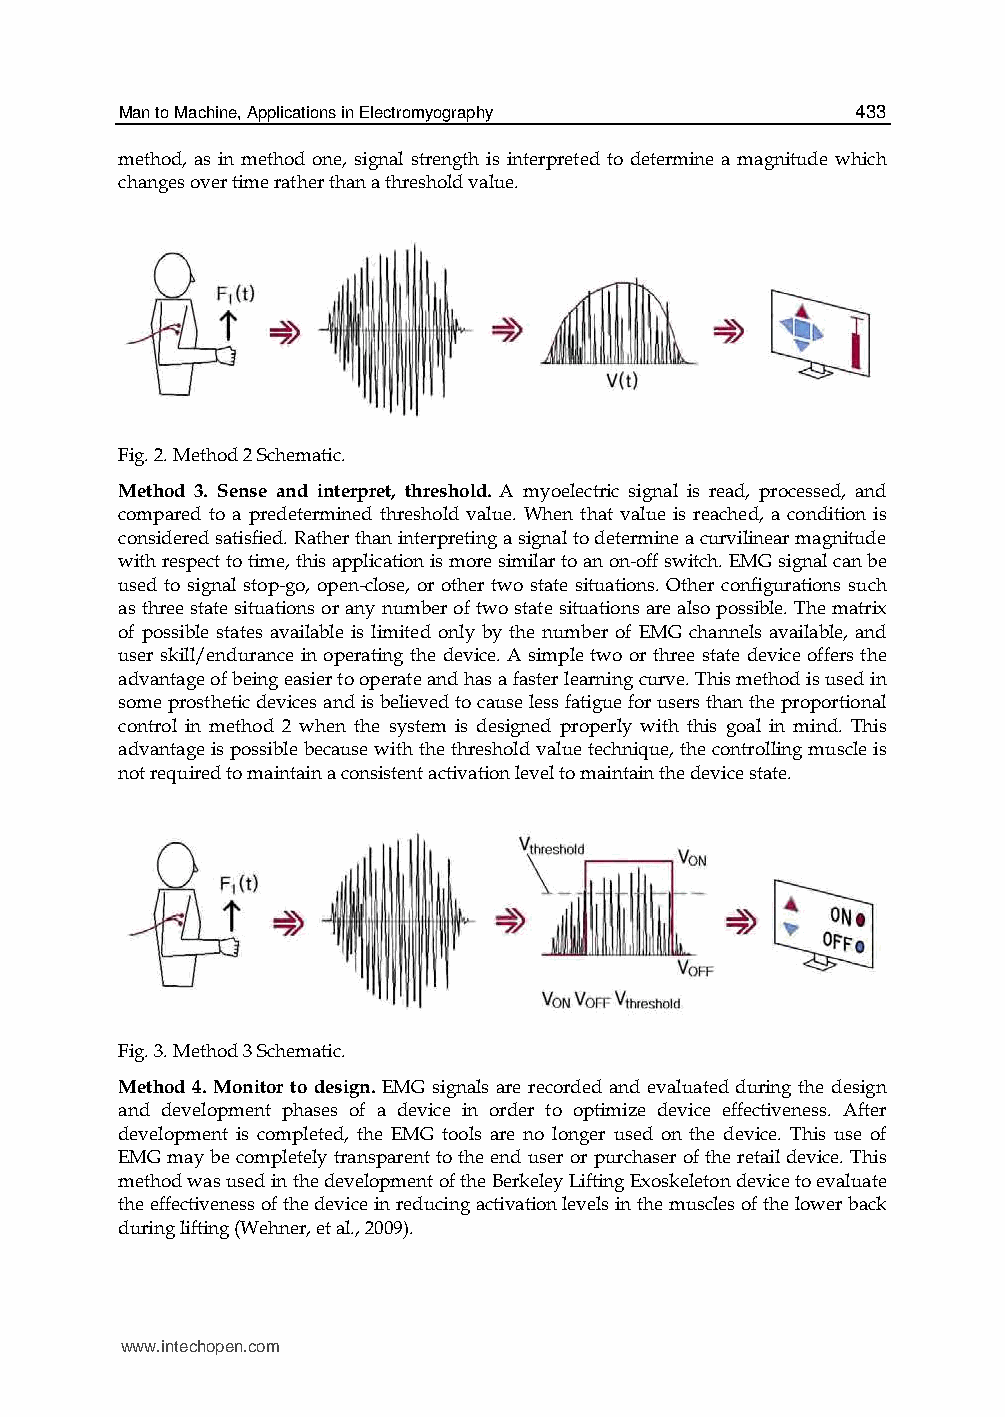
Man to Machine, Applications in Electromyography 433
 method, as in method one, signal strength is interpreted to determine a magnitude which
 changes over time rather than a threshold value.
 Fig. 2. Method 2 Schematic.
 Method 3. Sense and interpret, threshold. A myoelectric signal is read, processed, and
 compared to a predetermined threshold value. When that value is reached, a condition is
 considered satisfied. Rather than interpreting a signal to determine a curvilinear magnitude
 with respect to time, this application is more similar to an on-off switch. EMG signal can be
 used to signal stop-go, open-close, or other two state situations. Other configurations such
 as three state situations or any number of two state situations are also possible. The matrix
 of possible states available is limited only by the number of EMG channels available, and
 user skill/endurance in operating the device. A simple two or three state device offers the
 advantage of being easier to operate and has a faster learning curve. This method is used in
 some prosthetic devices and is believed to cause less fatigue for users than the proportional
 control in method 2 when the system is designed properly with this goal in mind. This
 advantage is possible because with the threshold value technique, the controlling muscle is
 not required to maintain a consistent activation level to maintain the device state.
 Fig. 3. Method 3 Schematic.
 Method 4. Monitor to design. EMG signals are recorded and evaluated during the design
 and development phases of a device in order to optimize device effectiveness. After
 development is completed, the EMG tools are no longer used on the device. This use of
 EMG may be completely transparent to the end user or purchaser of the retail device. This
 method was used in the development of the Berkeley Lifting Exoskeleton device to evaluate
 the effectiveness of the device in reducing activation levels in the muscles of the lower back
 during lifting (Wehner, et al., 2009).
 www.intechopen.com